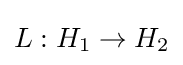
L:H_{1}\to H_{2}